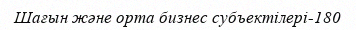
Шағын және орта бизнес субъектілері-180